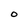
Character: o